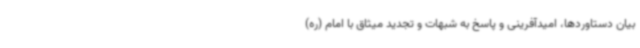
بیان دستاوردها، امیدآفرینی و پاسخ به شبهات و تجدید میثاق با امام (ره)